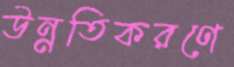
উন্নতিকরণে